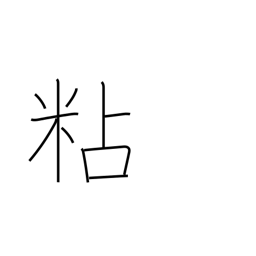
Meaning: persevere